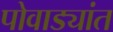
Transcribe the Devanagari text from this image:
पोवाड्यांत